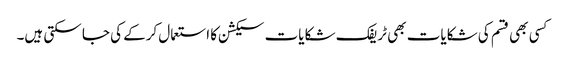
کسی بھی قسم کی شکایات بھی ٹریفک شکایات سیکشن کا استعمال کرکے کی جا سکتی ہیں۔